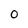
Character: 0